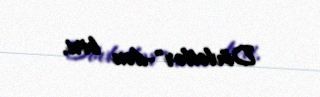
Dövlətlər"-dən biri.